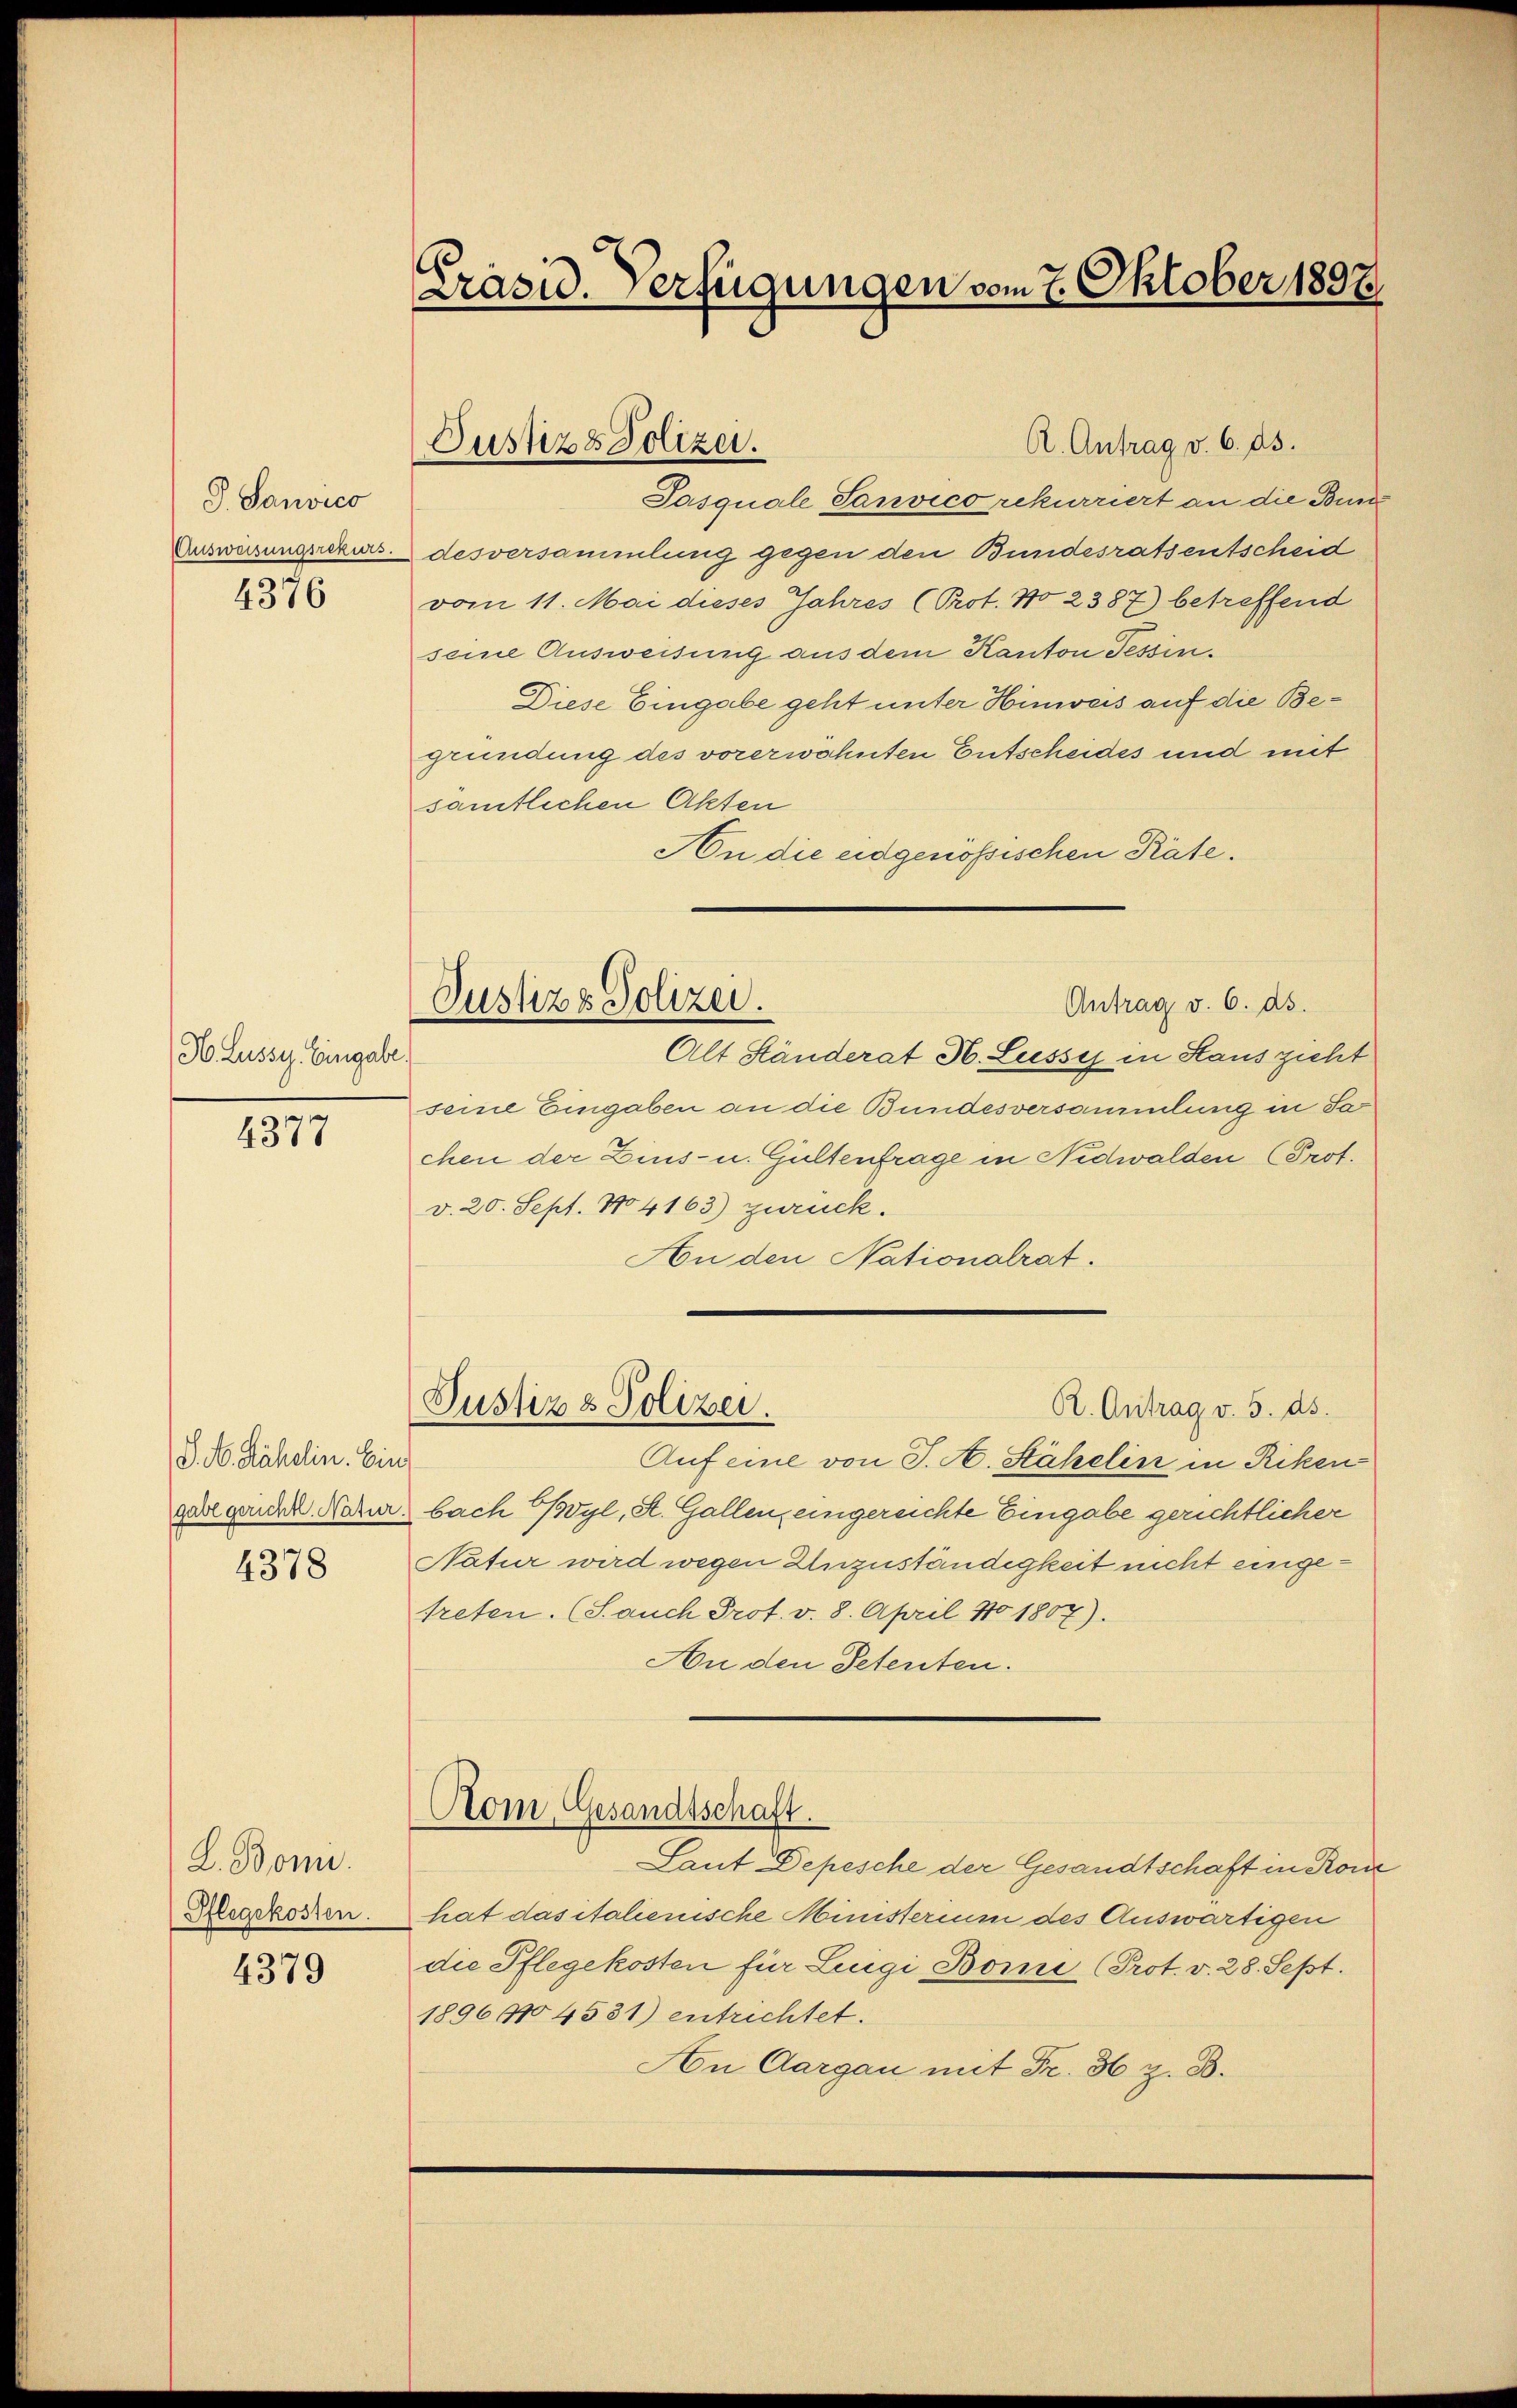
G. Sauvico
Ausweisungsrekurs.
4376

(H. Lussy. Eingabe.

4377

S. N. Kähdlin. Eins
Gabl gericht. Natur.

4378

L. Boni.
Pflegekosten.

4379

.
Präsid. erfügungen vom 7. Oktober 1897.

Justiz & Polizei.

Justiz & Polizei.
Antrag v. 6. ds.
Alt Ständerat H. Lussyj in Haus zieht

Pasquale Sanvico rekurriert an die Bund
desversammlung gegen den Bundesratsentscheid
vom 11. Mai dieses Jahres (Prot. No 2387) betreffend
seine Ausweisung aus dem Kanton Tessin.
Diese Eingabe geht unter Hinweis auf die Begründung des vorerwohnten Entscheides und mit
samtlichen Akten
An die eidgenössischen Räte.
seine Eingaben an die Bundesversammlung in Sa
chen der Zins- u. Gültenfrage in Nidwalden Prof.
v. 20. Sept. 104163) zurück.
An den Nationalrat.
Pustiz & Polizei.
R. Antrag v. 5. ds.
Aufeine von J. A. Stähelin in Riken
bach Boyl, St. Gallen, eingereichte Eingabe gerichtlicher
Natur wird wegen Unzuständigkeit nicht eingetreten. (S. auch Prot. v. 8. April No 1807).
An den Petenten.
Rom, Gesandtschaft.
Laut Depesche der Gesandtschaft in Ron
hat das italienische Ministerium des Auswärtigen
die Pflegekosten für Lenge Bomi (Prot. v. 28. Sept.
189694531) entrichtet.
An Aargau mit Fr. 36 z. B.

A. Antrag v. 6. ds.